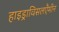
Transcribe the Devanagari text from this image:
हाइड्राविसलएैमीन